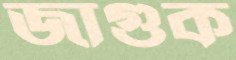
জাগুক